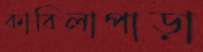
কাবিলাপাড়া